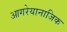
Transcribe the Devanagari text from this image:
आगरेयानाजिक